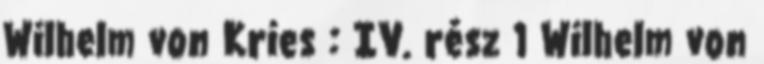
Wilhelm von Kries : IV. rész 1 Wilhelm von